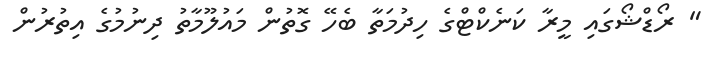
" ރޯޑްޝޯގައި މީރާ ކަނެކްޓްގެ ހިދުމަތާ ބެހޭ ގޮތުން މައުލޫމާތު ދިނުމުގެ އިތުރުން